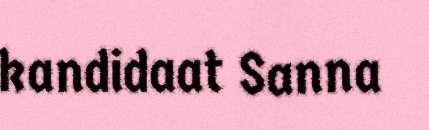
kandidaat Sanna